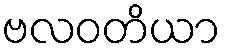
ဗလဝတိယာ